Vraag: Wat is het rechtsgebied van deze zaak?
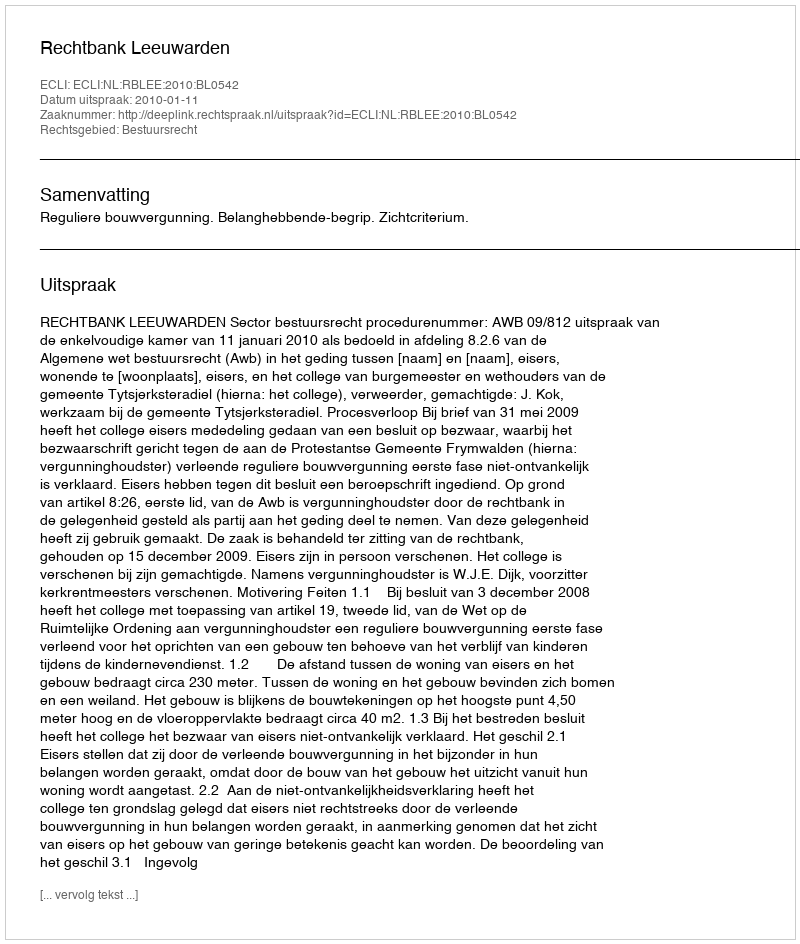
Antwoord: Bestuursrecht